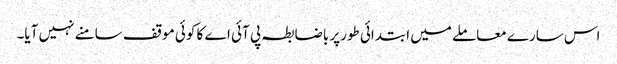
اس سارے معاملے میں ابتدائی طورپر باضابطہ پی آئی اے کا کوئی موقف سامنے نہیں آیا۔